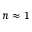
n \approx 1